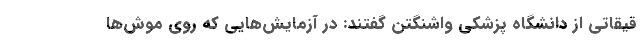
قیقاتی از دانشگاه پزشکی واشنگتن گفتند: در آزمایش‌هایی که روی موش‌ها